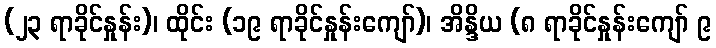
(၂၃ ရာခိုင်နှုန်း)၊ ထိုင်း (၁၉ ရာခိုင်နှုန်းကျော်)၊ အိန္ဒိယ (၈ ရာခိုင်နှုန်းကျော် ၉